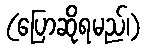
(ပြောဆိုရမည်၊)